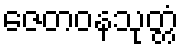
ဇေတဝနသုတ္တံ